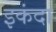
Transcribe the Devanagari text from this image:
इकंदा